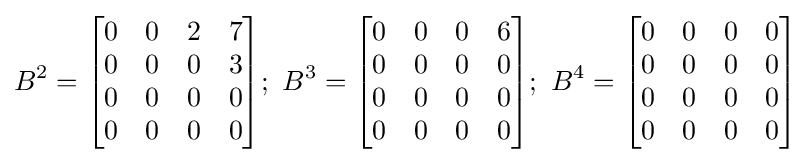
B^{2}={\begin{bmatrix}0&0&2&7\\0&0&0&3\\0&0&0&0\\0&0&0&0\end{bmatrix}};\ B^{3}={\begin{bmatrix}0&0&0&6\\0&0&0&0\\0&0&0&0\\0&0&0&0\end{bmatrix}};\ B^{4}={\begin{bmatrix}0&0&0&0\\0&0&0&0\\0&0&0&0\\0&0&0&0\end{bmatrix}}